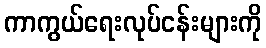
ကာကွယ်ရေးလုပ်ငန်းများကို